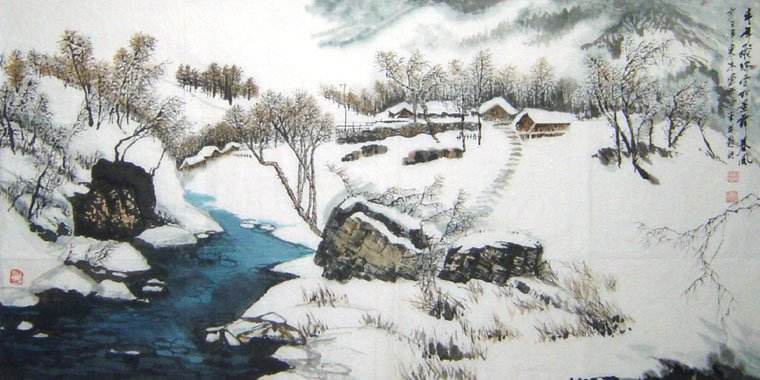
十月江南天气好，可怜冬景似春华。